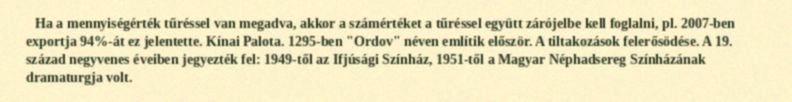
Ha a mennyiségérték tűréssel van megadva, akkor a számértéket a tűréssel együtt zárójelbe kell foglalni, pl. 2007-ben exportja 94%-át ez jelentette. Kínai Palota. 1295-ben "Ordov" néven említik először. A tiltakozások felerősödése. A 19. század negyvenes éveiben jegyezték fel: 1949-től az Ifjúsági Színház, 1951-től a Magyar Néphadsereg Színházának dramaturgja volt.